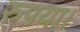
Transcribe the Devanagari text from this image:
रुपया।